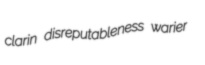
clarin disreputableness warier